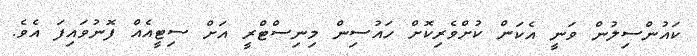
ކައުންސިލުން ވަނީ އެކަން ކުށްވެރިކޮށް ހައުސިން މިނިސްޓްރީ އަށް ސިޓީއެއް ފޮނުވައިފަ އެވެ.